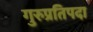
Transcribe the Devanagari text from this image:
गुरुप्रतिपदा